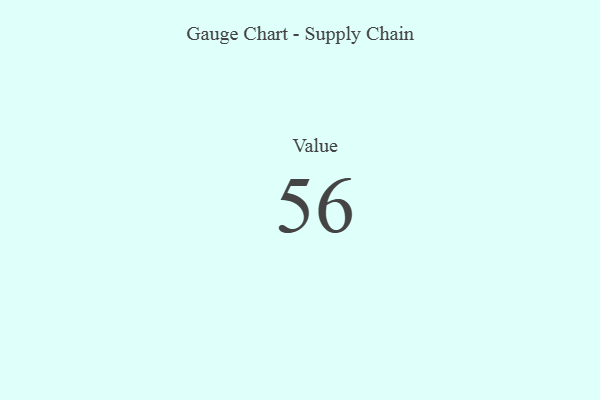
{"axis": {"x": "Metric", "y": "Value"}, "legend": [""], "data": [{"x": "Value", "y": 56, "type": ""}]}